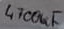
Text: 4700uF